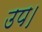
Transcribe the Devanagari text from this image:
उप।